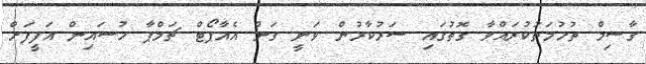
ގާސިމް ތުހުމަތުކުރައްވާ ގޮތުގައި ސަރުކާރުން ވަނީ ގަން އެއާޕޯޓް ޗަމްޕާ ހުސައިން އަފީފަށް